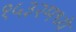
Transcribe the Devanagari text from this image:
१५३२मध्ये